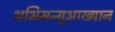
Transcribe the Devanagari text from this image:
अभिमन्युआख्यान